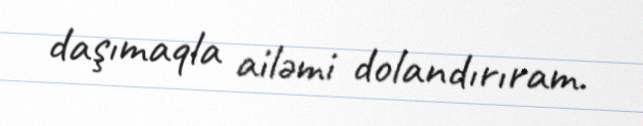
daşımaqla ailəmi dolandırıram.